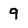
Character: 9